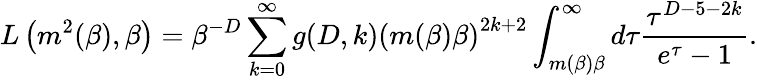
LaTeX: L\left(m^{2}(\beta),\beta\right)=\beta^{-D}\sum_{k=0}^{\infty}g(D,k)\left(m(\beta)\beta\right)^{2k+2}\int_{m(\beta)\beta}^{\infty}d\tau\frac{\tau^{D-5-2k}}{e^{\tau}-1}.